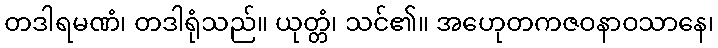
တဒါရမဏံ၊ တဒါရုံသည်။ ယုတ္တံ၊ သင်၏။ အဟေုတကဇဝနာဝသာနေ၊